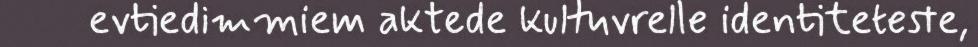
evtiedimmiem aktede kultuvrelle identiteteste,